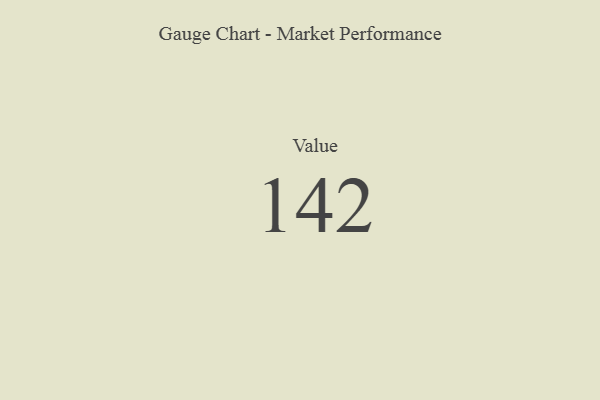
{"axis": {"x": "Metric", "y": "Value"}, "legend": [""], "data": [{"x": "Value", "y": 142, "type": ""}]}